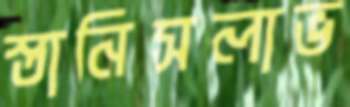
স্তানিসলাভ